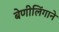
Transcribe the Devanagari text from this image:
बेणीलिंगाने